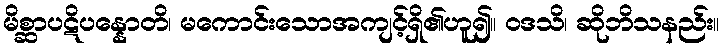
မိစ္ဆာပဋိပန္နောတိ၊ မကောင်းသောအကျင့်ရှိ၏ဟူ၍။ ဝဒသိ၊ ဆိုဘိသနည်း။